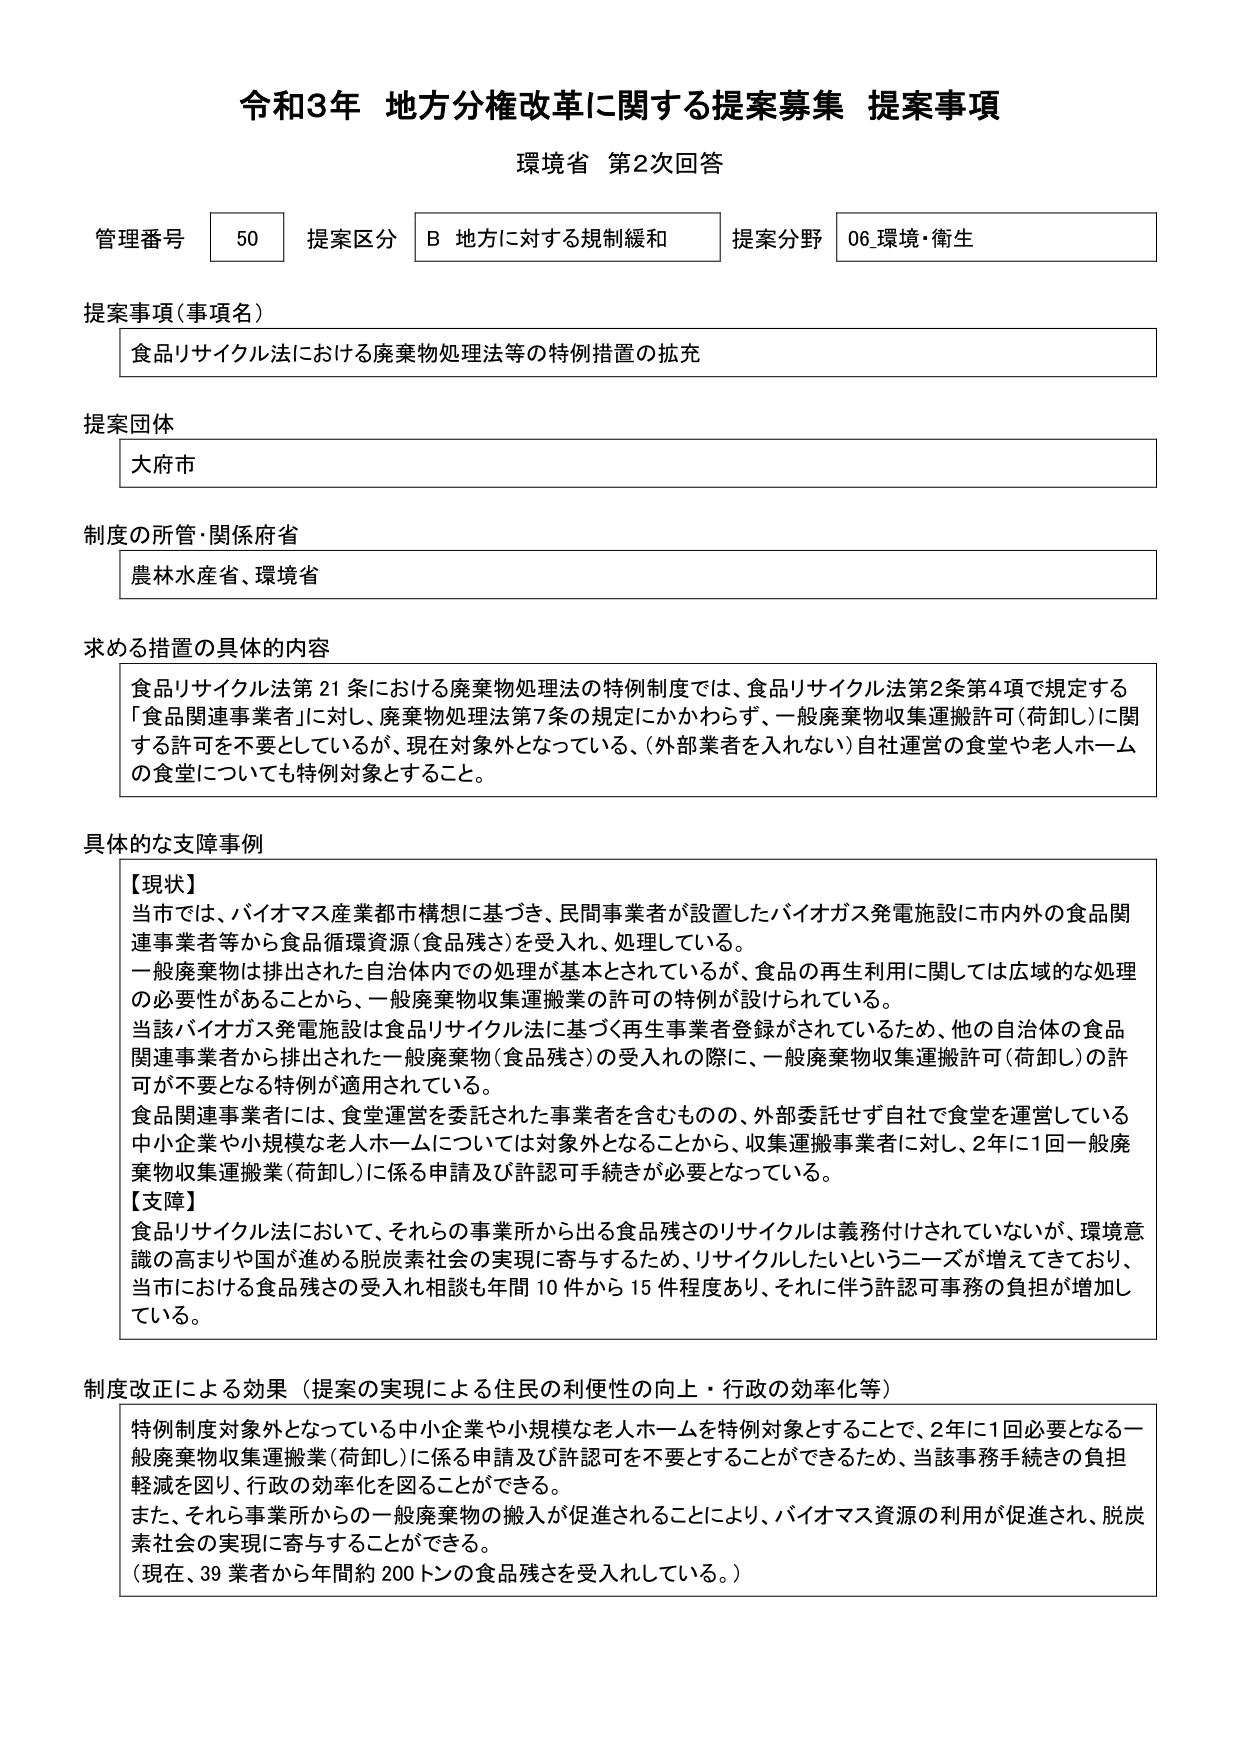
令和3年 地方分権改革に関する提案募集 提案事項
環境省 第2次回答

管理番号 50 提案区分 B 地方に対する規制緩和 提案分野 06 環境・衛生

提案事項（事項名）
食品リサイクル法における廃棄物処理法等の特例措置の拡充

提案団体
大府市

制度の所管・関係府省
農林水産省、環境省

求める措置の具体的内容
食品リサイクル法第21条における廃棄物処理法の特例制度では、食品リサイクル法第2条第4項で規定する「食品関連事業者」に対し、廃棄物処理法第7条の規定にかかわらず、一般廃棄物収集運搬許可（荷卸し）に関する許可を不要としているが、現在対象外となっている、（外部業者を入れない）自社運営の食堂や老人ホームの食堂についても特例対象とすること。

具体的な支障事例
【現状】
当市では、バイオマス産業都市構想に基づき、民間事業者が設置したバイオガス発電施設に市内外の食品関連事業者等から食品循環資源（食品残さ）を受入れ、処理している。
一般廃棄物は排出された自治体内での処理が基本とされているが、食品の再生利用に関しては広域的な処理の必要性があることから、一般廃棄物収集運搬業の許可の特例が設けられている。
当該バイオガス発電施設は食品リサイクル法に基づく再生事業者登録がされているため、他の自治体の食品関連事業者から排出された一般廃棄物（食品残さ）の受入れの際に、一般廃棄物収集運搬許可（荷卸し）の許可が不要となる特例が適用されている。
食品関連事業者には、食堂運営を委託された事業者を含むものの、外部委託せず自社で食堂を運営している中小企業や小規模な老人ホームについては対象外となることから、収集運搬事業者に対し、2年に1回一般廃棄物収集運搬業（荷卸し）に係る申請及び許認可手続きが必要となっている。
【支障】
食品リサイクル法において、それらの事業所から出る食品残さのリサイクルは義務付けされていないが、環境意識の高まりや国が進める脱炭素社会の実現に寄与するため、リサイクルしたいというニーズが増えてきており、当市における食品残さの受入れ相談も年間10件から15件程度あり、それに伴う許認可事務の負担が増加している。

制度改正による効果（提案の実現による住民の利便性の向上・行政の効率化等）
特例制度対象外となっている中小企業や小規模な老人ホームを特例対象とすることで、2年に1回必要となる一般廃棄物収集運搬業（荷卸し）に係る申請及び許認可を不要とすることができるため、当該事務手続きの負担軽減を図り、行政の効率化を図ることができる。
また、それら事業所からの一般廃棄物の搬入が促進されることにより、バイオマス資源の利用が促進され、脱炭素社会の実現に寄与することができる。
（現在、39業者から年間約200トンの食品残さを受入れしている。）